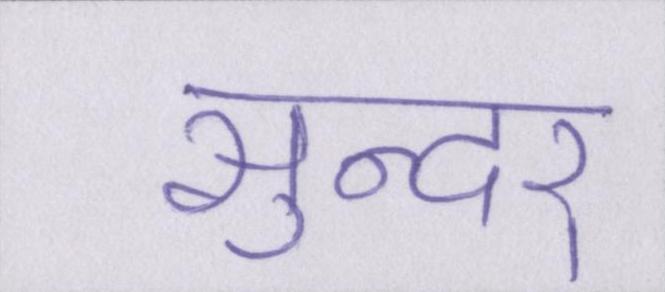
सुन्दर्